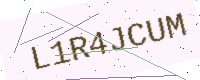
Text: L1R4JCUM